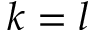
k = l